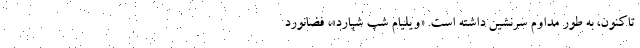
تاکنون، به طور مداوم سرنشین داشته است. «ویلیام شپ شپارد»، فضانورد